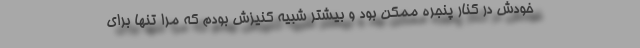
خودش در کنار پنجره ممکن بود و بیشتر شبیه کنیزش بودم که مرا تنها برای